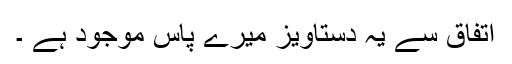
اتفاق سے یہ دستاویز میرے پاس موجود ہے ۔